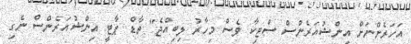
އަހަރެންނަށް އިންޝުއަރެންސް ސްޓިކާ ވެސް މިހާރު ލިބިއްޖެ" ތާޑް ޕާޓީ އިންޝުއަރެންސް ނެގި